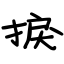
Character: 捩